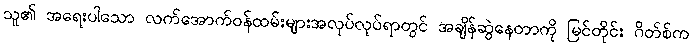
သူ၏ အရေးပါသော လက်အောက်ဝန်ထမ်းများအလုပ်လုပ်ရာတွင် အချိန်ဆွဲနေတာကို မြင်တိုင်း ဂိတ်စ်က